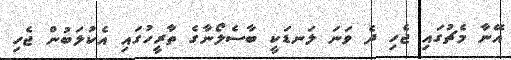
އޭނާ މެޗުގައި ޖެހި ދެ ވަނަ ލަނޑަކީ ބާސެލޯނާގެ ތާރީހުގައި އެކުލަބުން ޖެހި